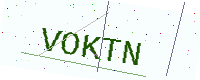
Text: VOKTN